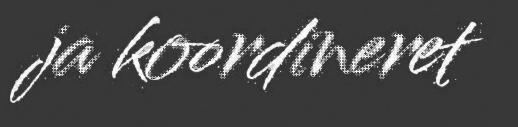
ja koordineret